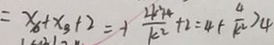
= x _ { 6 } + x _ { 3 } + 2 = - 1 \frac { 4 _ { 6 } ^ { 2 } + 4 } { k ^ { 2 } } + 2 = 4 - ( \frac { 4 } { k ^ { 2 } } ) 4